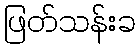
ဖြတ်သန်းခ